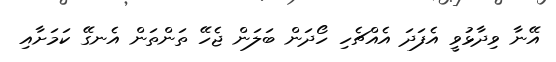
އޭނާ ވިދާޅުވީ އެފަދަ އެއްޗެހި ހޯދަން ބަލަން ޖެހޭ ތަންތަން އެނގޭ ކަމަށާއި